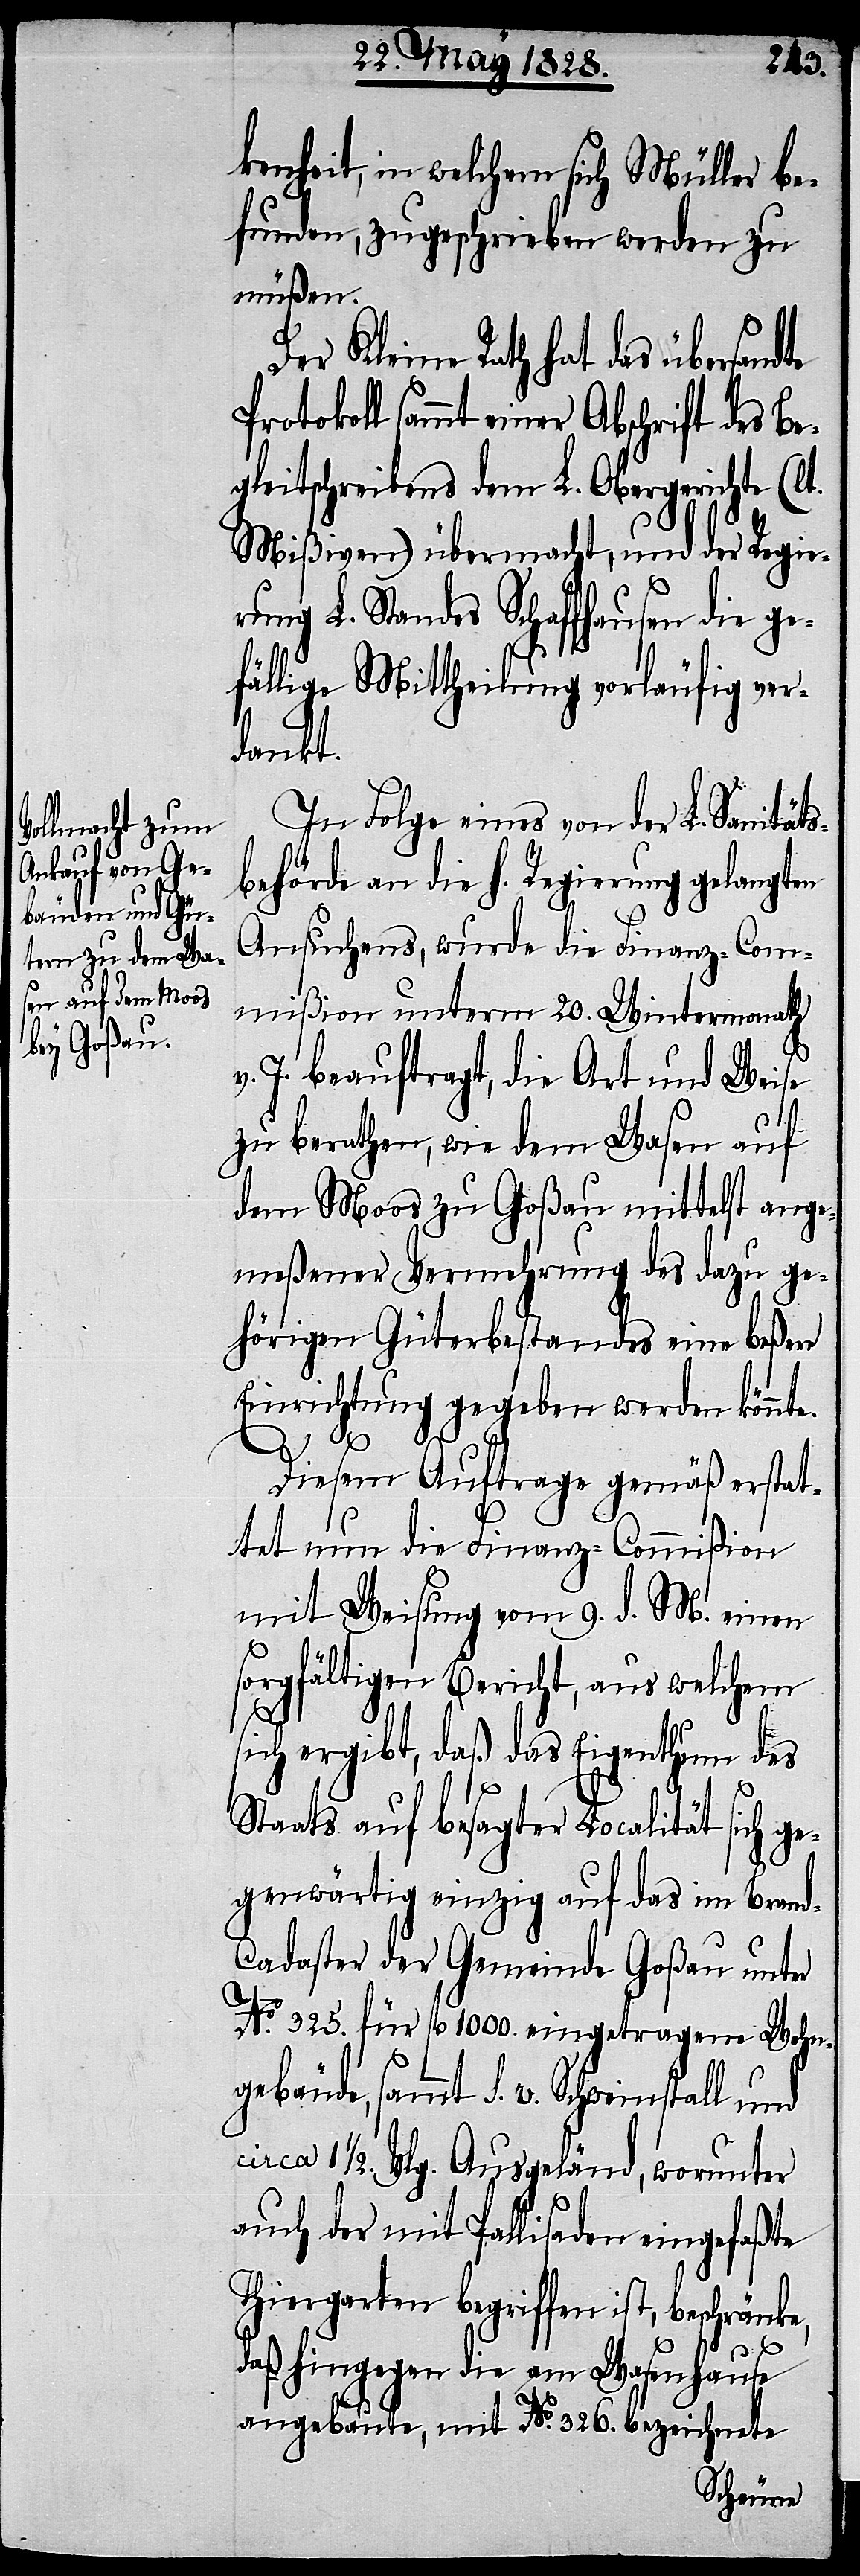
kenheit, in welchem sich Müller be¬
funden, zugeschrieben werden zu
müßen.
Der Kleine Rath hat das übersandte
Protokoll sammt einer Abschrift des Beg¬
leitschreibens dem L. Obergerichte (l¬
Mißiven) übermacht, und der Regie¬
rung L. Standes Schaffhausen die ge¬
fällige Mittheilung vorläufig ver¬
sammt
In Folge eines von der L. Sanitäts¬
behörde an die h. Regierung gelangten
Ansuchens, wurde die Finanz-Com¬
mißion unterm 20. Wintermonath
v. J. beauftragt, die Art und Weise
t.
zu berathen, wie dem Wasen auf
dem Moos zu Goßau mittelst ange¬
meßener Vermehrung des dazu ge¬
hörigen Güterbestandes eine beßere
Einrichtung gegeben werden könnte.
s. v.
Diesem Auftrage gemäß erstat¬
tet nun die Finanz-Commißion
mit Weisung vom 9. d. M. einen
sorgfältigen Beicht, aus welchem
sich ergibt, daß das Eigenthum des
Staats auf besagter Localität sich ge¬
genwärtig einzig auf das im Brand-C¬
adaster der Gemeinde Goßau unter
No. 325. für fl. 1000. eingetragene Wohn¬
1 1/2. Vlg. Ausgeländ, worunter
auch der mit Pallisaden eingefaßte
Thiergarten begriffen ist, beschränke,
daß hingegen die am Wasenhause
angebaute, mit No. 326. bezeichnete
gebäude,